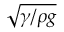
\sqrt { \gamma / \rho g }